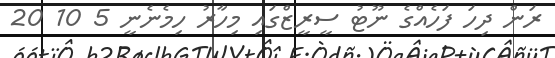
ރަން ދިހަ ފަހެއްގެ ނޫޓު ސީރީޒްގައި މިހާރު ހިމެނެނީ 5 10 20